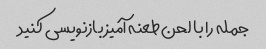
جمله را با لحن طعنه آمیز بازنویسی کنید